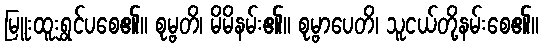
မြူးထူးရွှင်ပစေ၏။ စုမ္ဗတိ၊ မိမိနမ်း၏။ စုမ္ဗာပေတိ၊ သူငယ်တို့နမ်းစေ၏။